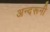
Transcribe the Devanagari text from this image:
अन्‍दरूनी